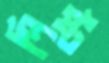
পিষ্ট